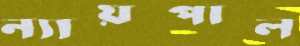
ন্যায়পাল